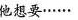
他想要……